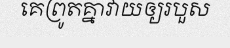
គេព្រូតគ្នាវាយឲ្យរបួស